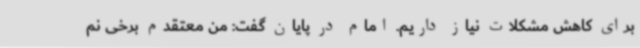
برای کاهش مشکلات نیاز داریم. امام در پایان گفت: من معتقدم برخی نم